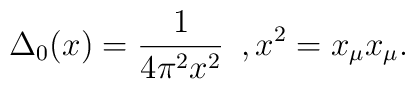
\Delta_0(x) = \frac{1}{4 \pi^2 x^2} \,\,\, , x^2 = x_\mu x_\mu .